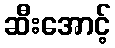
ဆီးအောင့်